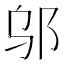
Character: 邬